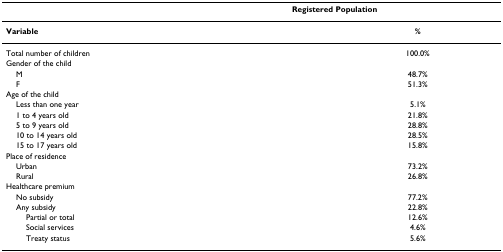
<table><thead><tr><td>[EMPTY_CELL]</td><td colspan="2"><b>Registered Population</b></td></tr></thead><tbody><tr><td><b>Variable</b></td><td>[EMPTY_CELL]</td><td><b>%</b></td></tr><tr><td>Total number of children</td><td>[EMPTY_CELL]</td><td>100.0%</td><td>[EMPTY_CELL]</td></tr><tr><td>Gender of the child</td><td>[EMPTY_CELL]</td><td>[EMPTY_CELL]</td></tr><tr><td> M</td><td>[EMPTY_CELL]</td><td>48.7%</td><td>[EMPTY_CELL]</td></tr><tr><td> F</td><td>[EMPTY_CELL]</td><td>51.3%</td></tr><tr><td>Age of the child</td><td>[EMPTY_CELL]</td><td>[EMPTY_CELL]</td></tr><tr><td> Less than one year</td><td>[EMPTY_CELL]</td><td>5.1%</td></tr><tr><td> 1 to 4 years old</td><td>[EMPTY_CELL]</td><td>21.8%</td></tr><tr><td> 5 to 9 years old</td><td>[EMPTY_CELL]</td><td>28.8%</td></tr><tr><td> 10 to 14 years old</td><td>[EMPTY_CELL]</td><td>28.5%</td></tr><tr><td> 15 to 17 years old</td><td>[EMPTY_CELL]</td><td>15.8%</td></tr><tr><td>Place of residence</td><td>[EMPTY_CELL]</td><td>[EMPTY_CELL]</td></tr><tr><td> Urban</td><td>[EMPTY_CELL]</td><td>73.2%</td></tr><tr><td> Rural</td><td>[EMPTY_CELL]</td><td>26.8%</td></tr><tr><td>Healthcare premium</td><td>[EMPTY_CELL]</td><td>[EMPTY_CELL]</td></tr><tr><td> No subsidy</td><td>[EMPTY_CELL]</td><td>77.2%</td></tr><tr><td> Any subsidy</td><td>[EMPTY_CELL]</td><td>22.8%</td></tr><tr><td>Partial or total</td><td>[EMPTY_CELL]</td><td>12.6%</td></tr><tr><td>Social services</td><td>[EMPTY_CELL]</td><td>4.6%</td></tr><tr><td>Treaty status</td><td>[EMPTY_CELL]</td><td>5.6%</td></tr></tbody></table>